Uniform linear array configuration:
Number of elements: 4
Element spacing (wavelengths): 0.25
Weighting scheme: hann
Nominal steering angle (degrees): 0
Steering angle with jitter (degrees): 0.7055
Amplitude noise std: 0.05
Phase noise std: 0.05

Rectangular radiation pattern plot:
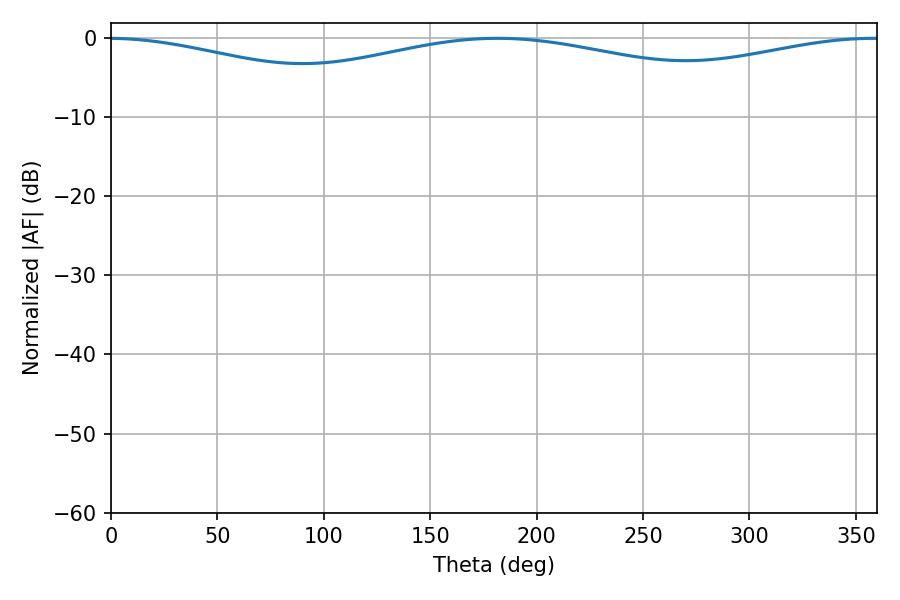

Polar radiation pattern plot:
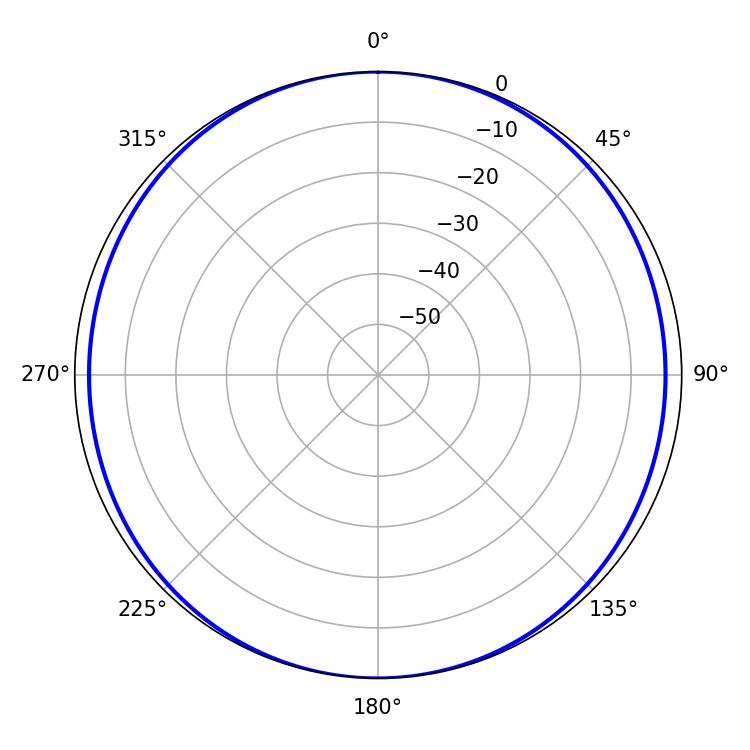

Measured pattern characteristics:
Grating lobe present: FALSE
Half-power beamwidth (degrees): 256.5
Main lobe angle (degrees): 181.62